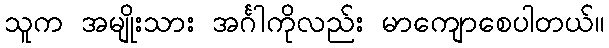
သူက အမျိုးသား အင်္ဂါကိုလည်း မာကျောစေပါတယ်။